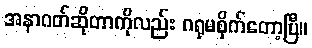
အနာဂတ်ဆိုတာကိုလည်း ဂရုမစိုက်တော့ပြီ။